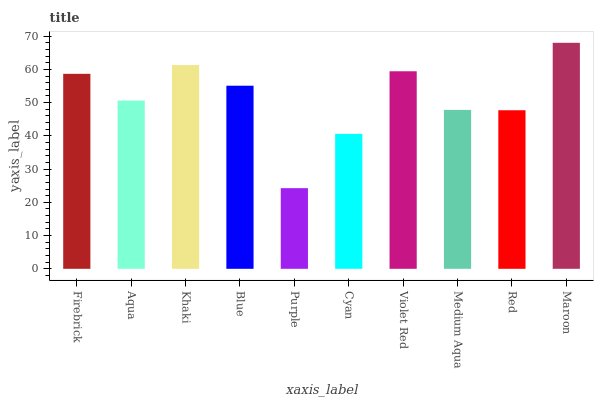
| xaxis_label | bars |
 | --- | --- |
 | Firebrick | 58.7 |
 | Aqua | 50.6 |
 | Khaki | 61.3 |
 | Blue | 55.1 |
 | Purple | 24.3 |
 | Cyan | 40.6 |
 | Violet Red | 59.4 |
 | Medium Aqua | 47.8 |
 | Red | 47.7 |
 | Maroon | 68 |